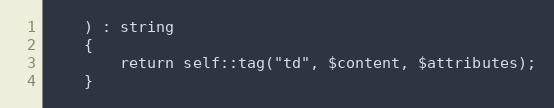
Language: PHP
    ) : string
    {
        return self::tag("td", $content, $attributes);
    }